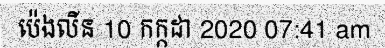
ប៉េងលីន 10 កក្កដា 2020 07:41 am